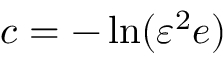
c = - \ln ( \varepsilon ^ { 2 } e )